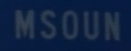
MSOUN